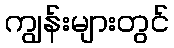
ကျွန်းများတွင်